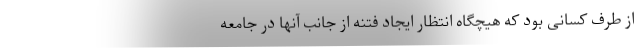
از طرف کسانی بود که هیچگاه انتظار ایجاد فتنه از جانب آنها در جامعه